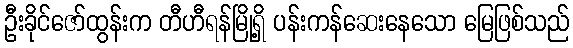
ဦးခိုင်ဇော်ထွန်းက တီဟီရန်မြို့ရှိ ပန်းကန်ဆေးနေသော မြေဖြစ်သည်